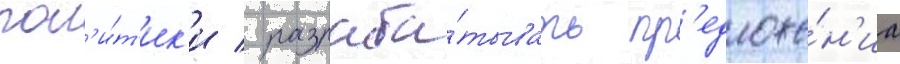
пол'и́т'ик'и / разраба́тывать пр'едложе́н'иа